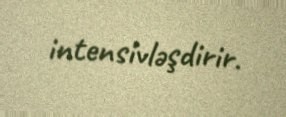
intensivləşdirir.